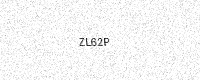
Text: ZL62P